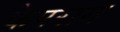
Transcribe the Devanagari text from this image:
केपराग